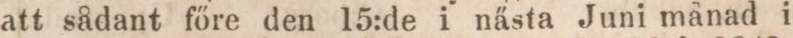
att sådant főre den 15:de i nästa Juni månad i